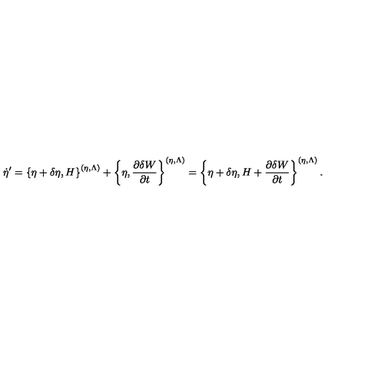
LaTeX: \dot { \eta } ^ { \prime } = \left\{ \eta + \delta \eta , H \right\} ^ { ( \eta , \Lambda ) } + \left\{ \eta , \frac { \partial \delta W } { \partial t } \right\} ^ { ( \eta , \Lambda ) } = \left\{ \eta + \delta \eta , H + \frac { \partial \delta W } { \partial t } \right\} ^ { ( \eta , \Lambda ) } .